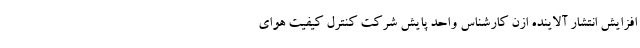
افزایش انتشار آلاینده ازن کارشناس واحد پایش شرکت کنترل کیفیت هوای